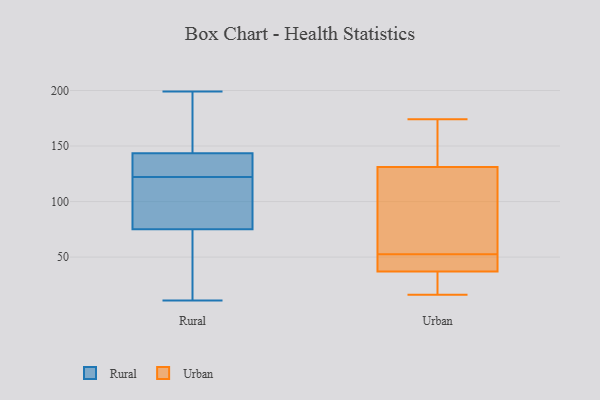
{"axis": {"x": "Operating Costs (USD K)", "y": "Value"}, "legend": ["Rural", "Urban"], "data": [{"x": "", "y": 146, "type": "Rural"}, {"x": "", "y": 140, "type": "Rural"}, {"x": "", "y": 78, "type": "Rural"}, {"x": "", "y": 80, "type": "Rural"}, {"x": "", "y": 11, "type": "Rural"}, {"x": "", "y": 72, "type": "Rural"}, {"x": "", "y": 199, "type": "Rural"}, {"x": "", "y": 25, "type": "Rural"}, {"x": "", "y": 109, "type": "Rural"}, {"x": "", "y": 119, "type": "Rural"}, {"x": "", "y": 141, "type": "Rural"}, {"x": "", "y": 125, "type": "Rural"}, {"x": "", "y": 58, "type": "Rural"}, {"x": "", "y": 169, "type": "Rural"}, {"x": "", "y": 159, "type": "Rural"}, {"x": "", "y": 188, "type": "Rural"}, {"x": "", "y": 125, "type": "Rural"}, {"x": "", "y": 105, "type": "Rural"}, {"x": "", "y": 125, "type": "Rural"}, {"x": "", "y": 66, "type": "Rural"}, {"x": "", "y": 48, "type": "Urban"}, {"x": "", "y": 57, "type": "Urban"}, {"x": "", "y": 174, "type": "Urban"}, {"x": "", "y": 174, "type": "Urban"}, {"x": "", "y": 40, "type": "Urban"}, {"x": "", "y": 34, "type": "Urban"}, {"x": "", "y": 131, "type": "Urban"}, {"x": "", "y": 37, "type": "Urban"}, {"x": "", "y": 74, "type": "Urban"}, {"x": "", "y": 16, "type": "Urban"}]}